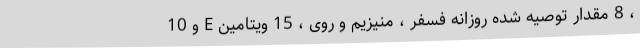
، 8 مقدار توصیه شده روزانه فسفر ، منیزیم و روی ، 15 ویتامین E و 10